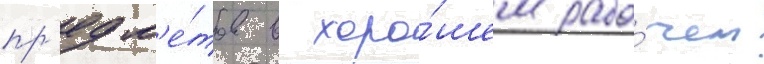
пр'едм'е́тов в хоро́шем рабо́чем